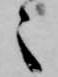
々